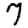
Digit: 7